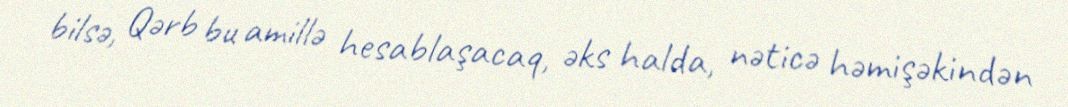
bilsə, Qərb bu amillə hesablaşacaq, əks halda, nəticə həmişəkindən